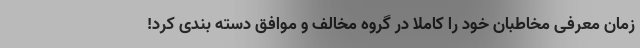
زمان معرفی مخاطبان خود را کاملا در گروه مخالف و موافق دسته بندی کرد!